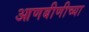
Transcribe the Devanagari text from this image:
आणबीणीच्या